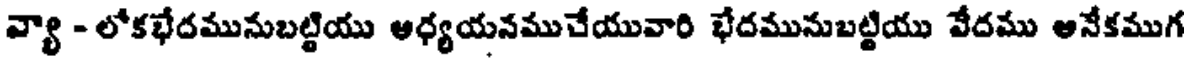
వ్యా - లోకభేదమునుబట్టియు ఆధ్యయనముచేయువారి భేదమునుబట్టియు వేదము అనేకముగ